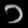
Digit: ၁